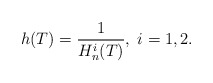
\begin{align*}h(T) =\frac{1}{H_n^i(T)},\;i = 1, 2. \end{align*}